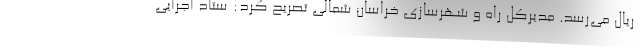
ریال می‌رسد. مدیرکل راه و شهرسازی خراسان شمالی تصریح کرد: ستاد اجرایی